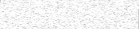
٤٨